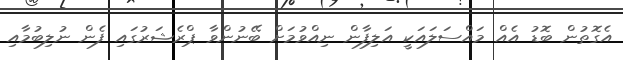
އެގޮތުން ބޮޑު އެއް މައްސަލައަކީ އަލިފާން ނިއްވުމަށް ބޭނުންވާ ޕްރެޝަރުގައި ފެން ނުލިބުމާއި